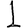
Digit: 1